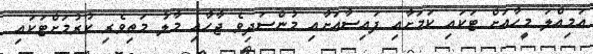
އަމިއްލަ މީހާއަށް ޓަކައި ކަމަށާއި ފައިސާއަށާއި މުންސަދިވެ ޖާހާއި މާލު މަތިވެރި ކުރުމަށްޓަކައި